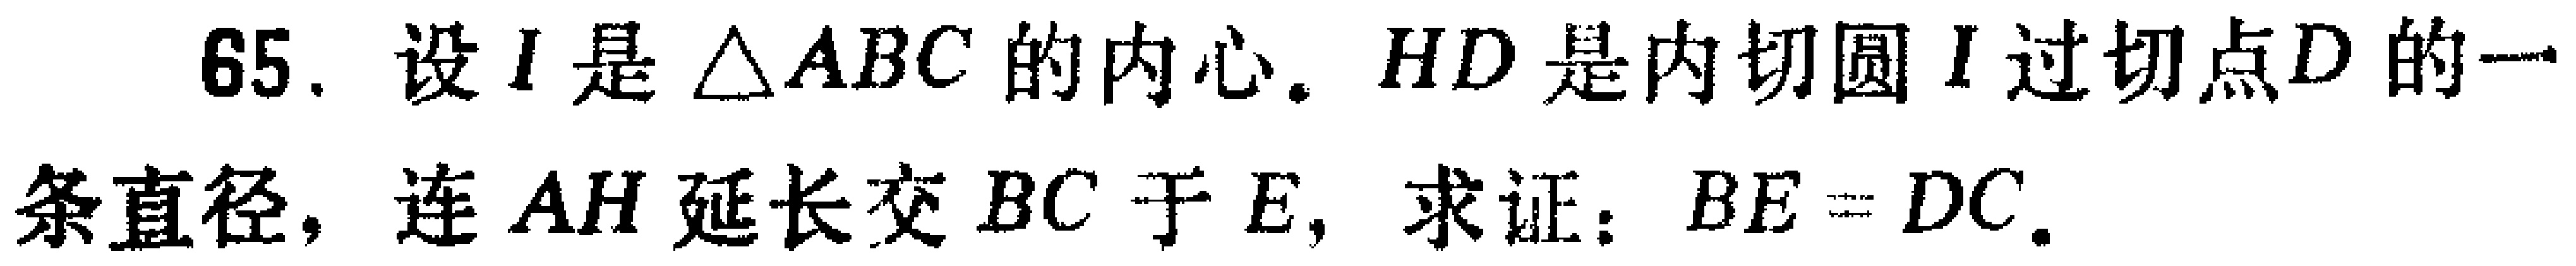
65. 设\(I\)是\(\triangle ABC\)的内心. \(HD\)是内切圆\(I\)过切点\(D\)的一条直径，连\(AH\)延长交\(BC\)于\(E\)，求证：\(BE = DC\).